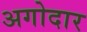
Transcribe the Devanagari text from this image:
अगोदार